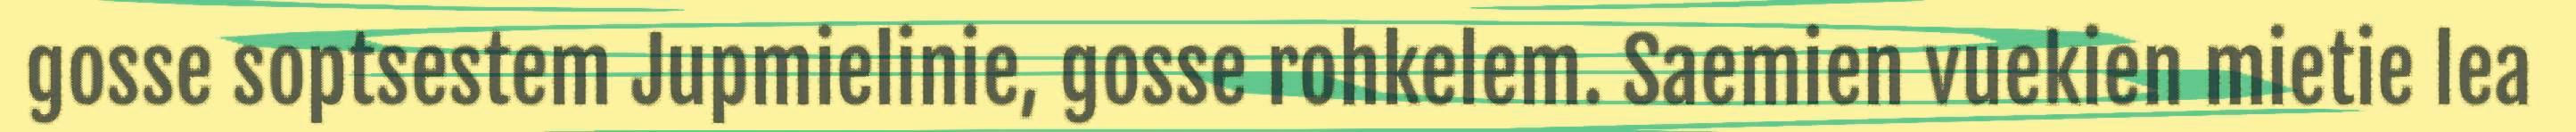
gosse soptsestem Jupmielinie, gosse rohkelem. Saemien vuekien mietie lea